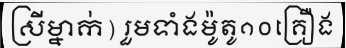
ស្រីម្នាក់) រួមទាំងម៉ូតូ១០គ្រឿង